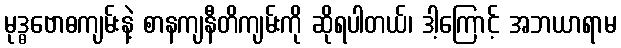
မုဒ္ဓဗောဓကျမ်းနဲ့ စာနကျနီတိကျမ်းကို ဆိုရပါတယ်၊ ဒါ့ကြောင့် အဘယာရာမ